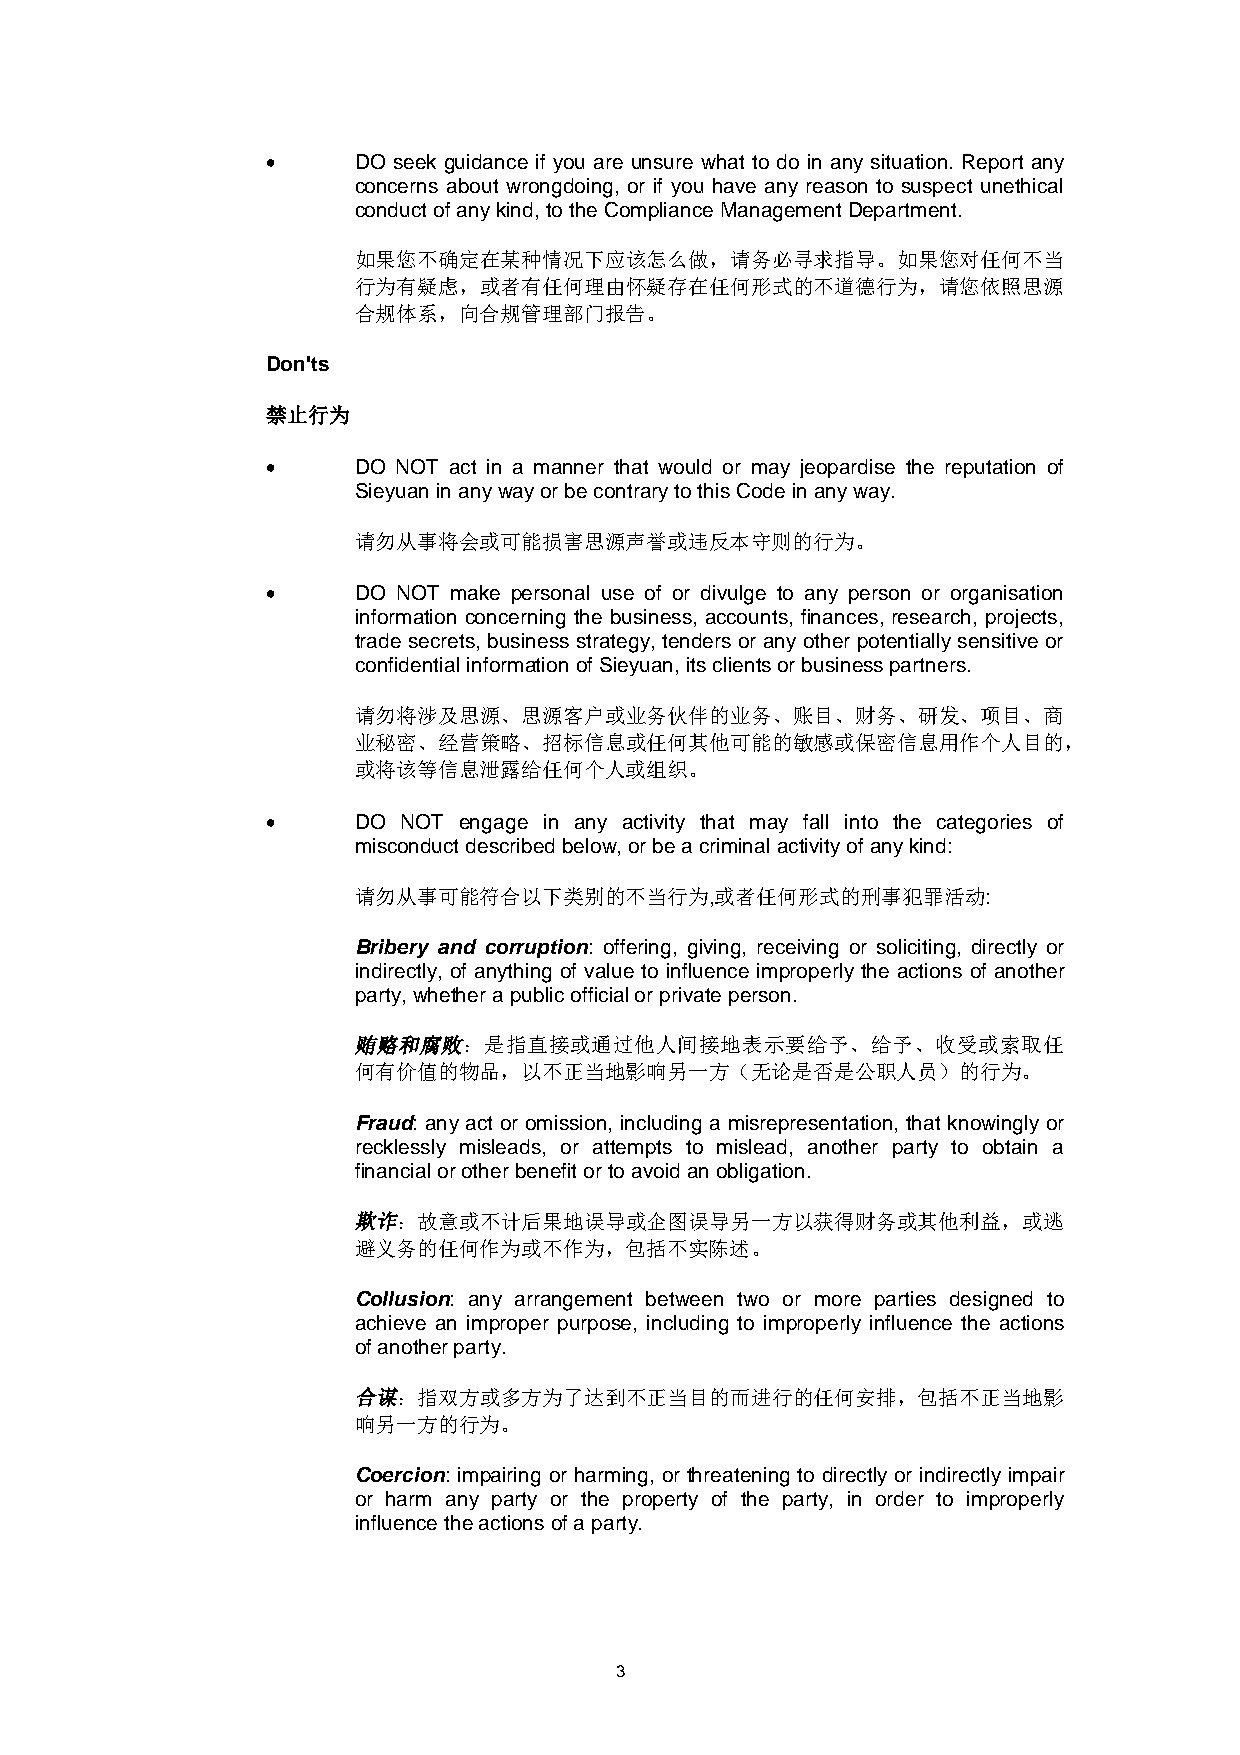
• DO seek guidance if you are unsure what to do in any situation. Report any
 concerns about wrongdoing, or if you have any reason to suspect unethical
 conduct of any kind, to the Compliance Management Department.
 如果您不确定在某种情况下应该怎么做，请务必寻求指导。如果您对任何不当
 行为有疑虑，或者有任何理由怀疑存在任何形式的不道德行为，请您依照思源
 合规体系，向合规管理部门报告。
 Don'ts
 禁止行为
 • DO NOT act in a manner that would or may jeopardise the reputation of
 Sieyuan in any way or be contrary to this Code in any way.
 请勿从事将会或可能损害思源声誉或违反本守则的行为。
 • DO NOT make personal use of or divulge to any person or organisation
 information concerning the business, accounts, finances, research, projects,
 trade secrets, business strategy, tenders or any other potentially sensitive or
 confidential information of Sieyuan, its clients or business partners.
 请勿将涉及思源、思源客户或业务伙伴的业务、账目、财务、研发、项目、商
 业秘密、经营策略、招标信息或任何其他可能的敏感或保密信息用作个人目的，
 或将该等信息泄露给任何个人或组织。
 • DO NOT engage in any activity that may fall into the categories of
 misconduct described below, or be a criminal activity of any kind:
 请勿从事可能符合以下类别的不当行为,或者任何形式的刑事犯罪活动:
 Bribery and corruption : offering, giving, receiving or soliciting, directly or
 indirectly, of anything of value to influence improperly the actions of another
 party, whether a public official or private person.
 贿赂和腐败：是指直接或通过他人间接地表示要给予、给予、收受或索取任
 何有价值的物品，以不正当地影响另一方（无论是否是公职人员）的行为。
 Fraud: any act or omission, including a misrepresentation, that knowingly or
 recklessly misleads, or attempts to mislead, another party to obtain a
 financial or other benefit or to avoid an obligation.
 欺诈：故意或不计后果地误导或企图误导另一方以获得财务或其他利益，或逃
 避义务的任何作为或不作为，包括不实陈述。
 Collusion: any arrangement between two or more parties designed to
 achieve an improper purpose, including to improperly influence the actions
 of another party.
 合谋：指双方或多方为了达到不正当目的而进行的任何安排，包括不正当地影
 响另一方的行为。
 Coercion: impairing or harming, or threatening to directly or indirectly impair
 or harm any party or the property of the party, in order to improperly
 influence the actions of a party.
 3